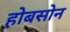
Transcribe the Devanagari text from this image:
होबसोन